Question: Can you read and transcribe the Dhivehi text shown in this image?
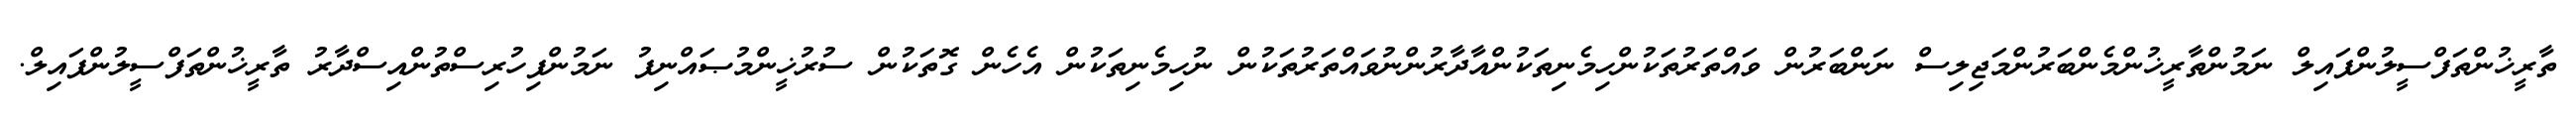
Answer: ތާރީޚުންތަފްސީލުންފައިލް ނަމުންތާރީޚުންމެންބަރުންމަޖިލިސް ނަންބަރުން ވައްތަރުތަކުންހިމެނިތަކުންއާދާރުންނުވައްތަރުތަކުން ނުހިމެނިތަކުން އެހެން ގޮތަކުން ސުރުޚީންމުޞައްނިފު ނަމުންފިހުރިސްތުންއިސްދާރު ތާރީޚުންތަފްސީލުންފައިލް.